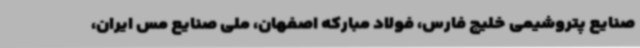
صنایع پتروشیمی خلیج فارس، فولاد مبارکه اصفهان، ملی صنایع مس ایران،